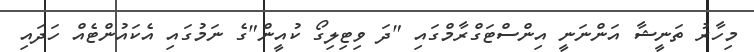
މިހާރު ތަނީޝާ އަންނަނީ އިންސްޓަގްރާމްގައި "ދަ ވިޓިލިގޯ ކުއީން"ގެ ނަމުގައި އެކައުންޓެއް ހަދައި